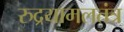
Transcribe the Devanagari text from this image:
रुद्रयामलतंत्र